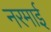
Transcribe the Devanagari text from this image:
नरमाई